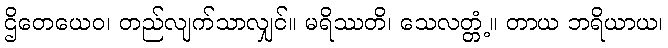
ဌိတေယေဝ၊ တည်လျက်သာလျှင်။ မရိဿတိ၊ သေလတ္တံ့။ တာယ ဘရိယာယ၊